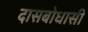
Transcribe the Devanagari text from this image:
दासबोधासी